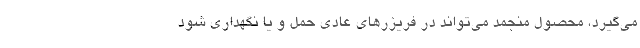
می‌گیرد، محصول منجمد می‌تواند در فریزرهای عادی حمل و یا نگهداری شود